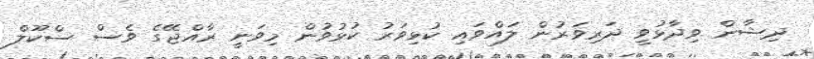
ދިޝާން ވިދާޅުވީ ދަރިވަރުން ލައްވައި ކުޅިވަރު ކުޅުވުން މިވަނީ ރާއްޖޭގެ ވެސް ސްކޫލް